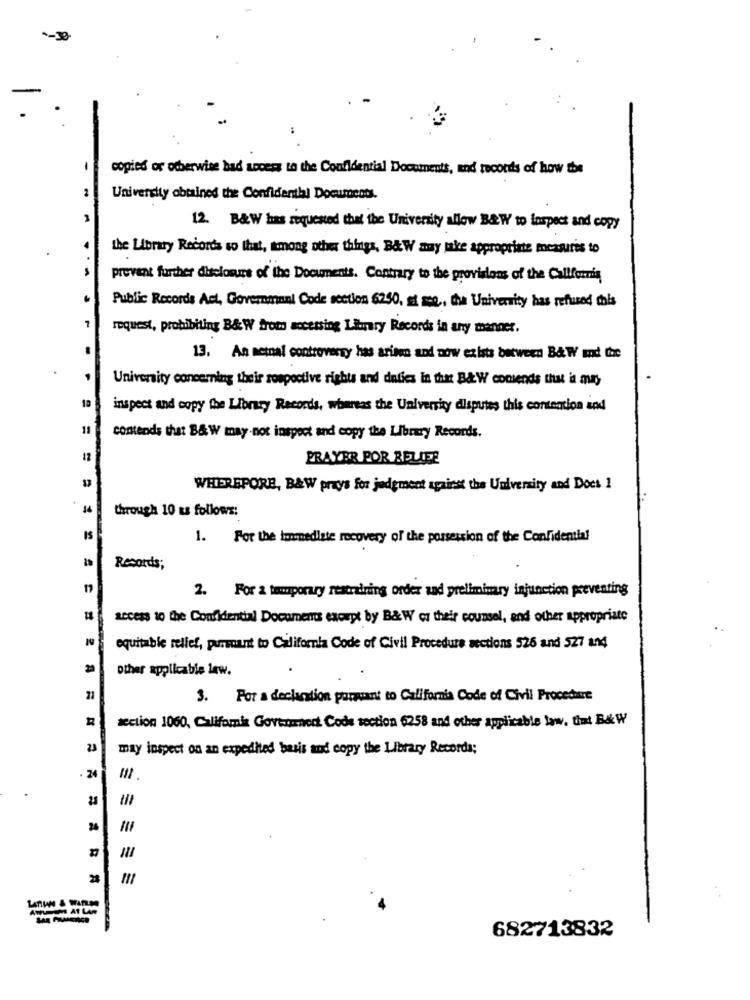
-30
copies or otherwise had access to the Confidential Documents, and records of how the
University obtained the Confidenthi Documents.
12. B&W has requested that the University allow B&W to inspect and copy
the Library Records so that, among other things, B&W muy take appropriate measures to
prevant further disclosure of the Documents. Contrary to the provisions of the California
Public Records Act, Govemmani Code section 6250, st sce ., the University has refused this
request, prohibiting B& W from accessing Library Records in any manner.
13. An netnal controversy has arien and now exists between B& W md tar
University concerning their respective rights and defies in that B&W comlends that is an
1ª
inspect and copy the Library Records, whereas the University disputes this connection and
11
contends that B& W may not inspect and copy the Library Records.
12
PRAYER POR BELIFE
WHEREPORB, B&W prays for judgment against the University and Does 1
through 10 as follows:
IS
1. For the immediate recovery of the possession of the Confidential
Records;
2. For a temporary restraining order and preliminary injunction preventing
access to the Confidential Documents except by B& W or their counsel, and other appropriate
equitable relief, pursuant to California Code of Civil Procedure sections 526 and 527 and
other applicable law.
3. For a declaration parwant to California Code of Civil Procedure
section 1060, Califamis Government Code section 6258 and other applicable law. that B&W
23
may inspect on an expedited basis and copy the Library Recorda;
. 24
til
28
LATIHN & WARLM
682713832